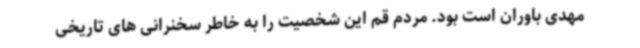
مهدی باوران است بود. مردم قم این شخصیت را به خاطر سخنرانی های تاریخی